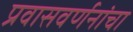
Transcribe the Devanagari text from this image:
प्रवासवर्णनांचा